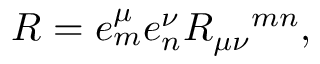
R = e _ { m } ^ { \mu } e _ { n } ^ { \nu } R _ { \mu \nu } { } ^ { m n } ,